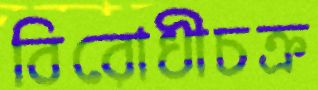
বিরোধীচক্র